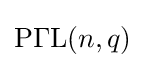
\operatorname {P\Gamma L} (n,q)